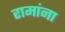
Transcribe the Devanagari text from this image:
रामांना